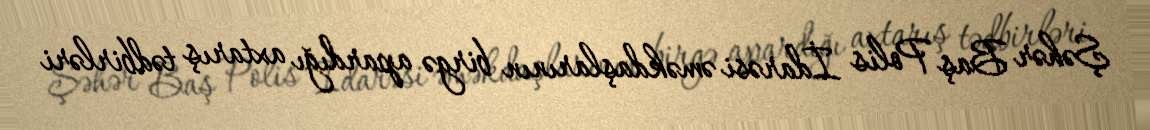
Şəhər Baş Polis İdarəsi əməkdaşlarının birgə apardığı axtarış tədbirləri